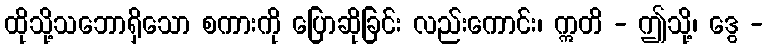
ထိုသို့သဘောရှိသော စကားကို ပြောဆိုခြင်း လည်းကောင်း၊ ဣတိ - ဤသို့၊ ဒွေ -